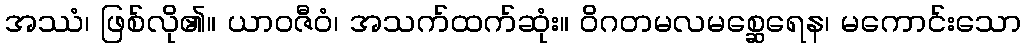
အဿံ၊ ဖြစ်လို၏။ ယာဝဇီဝံ၊ အသက်ထက်ဆုံး။ ဝိဂတမလမစ္ဆေရေန၊ မကောင်းသော